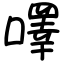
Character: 㘁